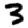
Digit: 3